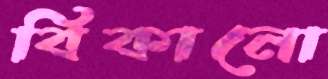
বিকানো